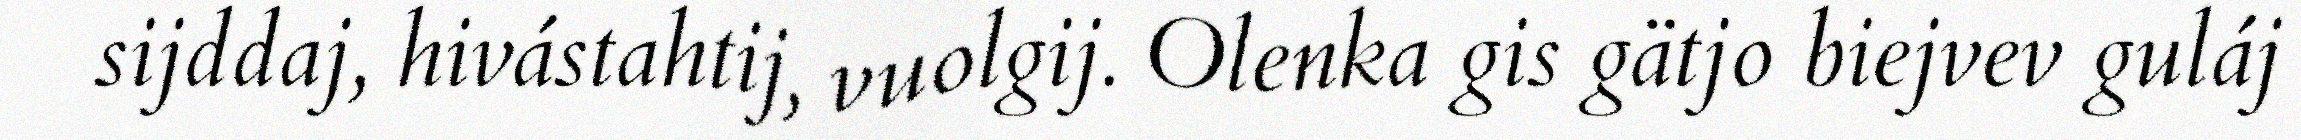
sijddaj, hivástahtij, vuolgij. Olenka gis gätjo biejvev guláj